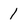
Character: 1